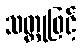
သတ္တုဖြင့်